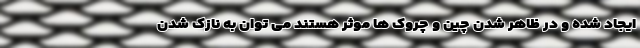
ایجاد شده و در ظاهر شدن چین و چروک ها موثر هستند می توان به نازک شدن